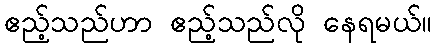
ဧည့်သည်ဟာ ဧည့်သည်လို နေရမယ်။